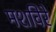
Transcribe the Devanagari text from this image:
मशविरे